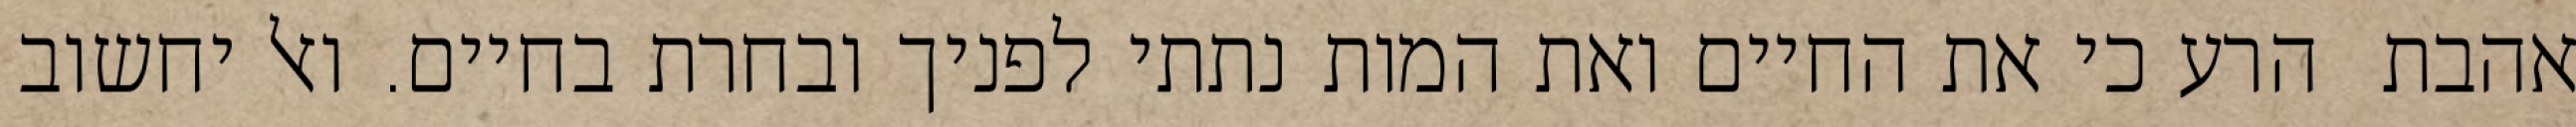
אהבת  הרע כי את החיים ואת המות נתתי לפניך ובחרת בחיים. ואל יחשוב